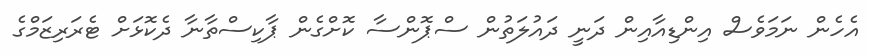
އެހެން ނަމަވެސް އިންޑިއާއިން ދަނީ ދައުލަތުން ސްޕޮންސާ ކޮށްގެން ޕާކިސްތާނާ ދެކޮޅަށް ޓެރަރިޒަމްގެ